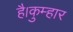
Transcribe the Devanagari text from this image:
है।कुम्हार